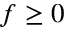
f \geq 0